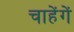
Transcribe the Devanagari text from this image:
चाहेंगें